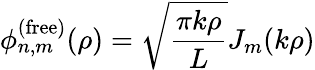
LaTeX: \phi_{n,m}^{(\mathrm{free})}(\rho)=\sqrt{\frac{\pi k\rho}{L}}J_{m}(k\rho)